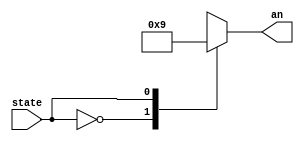
module AN2(
    input state,
    output reg[1:0] an
);

always @(state)
case (state)
    1'b0: an = 2'b10;
    1'b1: an = 2'b01;
endcase

endmodule